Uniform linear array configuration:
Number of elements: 4
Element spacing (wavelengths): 0.25
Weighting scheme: cosine
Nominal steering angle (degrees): -60
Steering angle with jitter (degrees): -61.311
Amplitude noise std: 0.05
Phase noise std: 0.05

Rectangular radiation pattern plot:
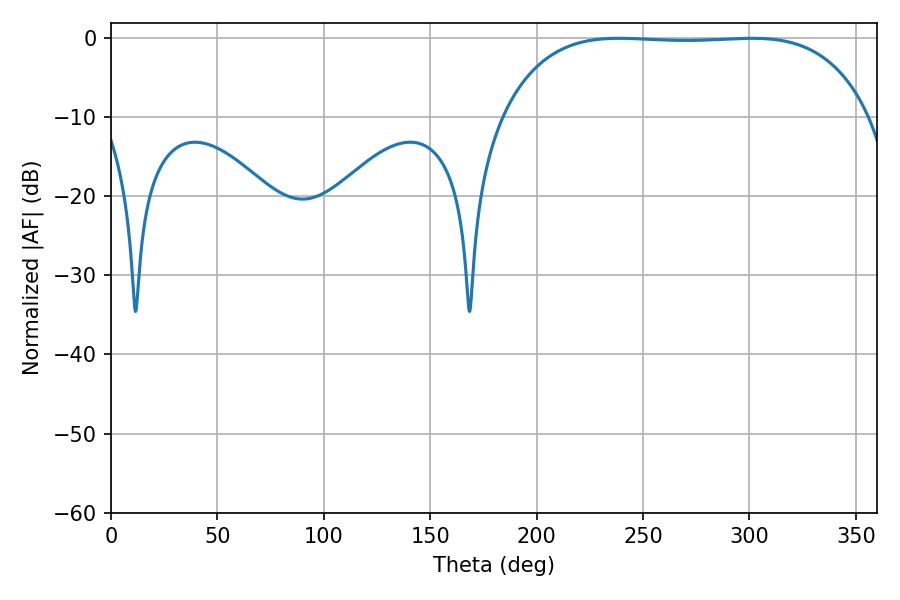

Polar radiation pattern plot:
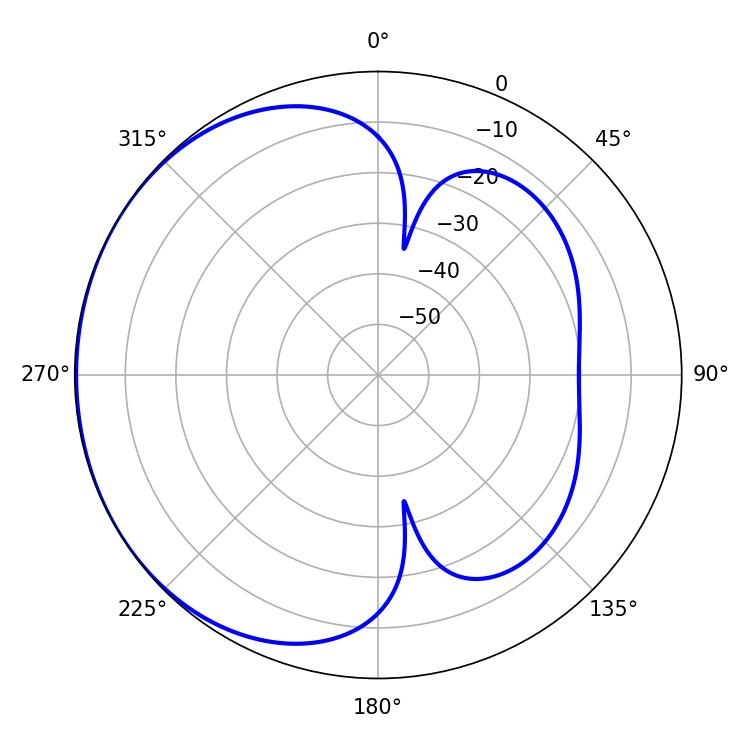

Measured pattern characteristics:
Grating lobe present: FALSE
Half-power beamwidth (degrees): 134.64
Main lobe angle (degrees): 238.68